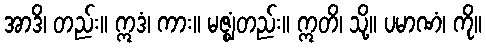
အာဒိ၊ တည်း။ ဣဒံ၊ ကား။ မဇ္ဈံတည်း။ ဣတိ၊ သို့။ ပမာဏံ၊ ကို။